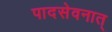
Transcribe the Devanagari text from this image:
पादसेवनात्